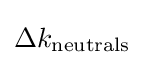
\Delta k_{\mathrm {neutrals} }